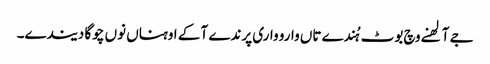
جے آلھنے وچ بوٹ ہُندے تاں وارو واری پرندے آ کے اوہناں نوں چوگا دیندے۔